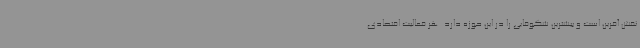
نقش آفرین است و بیشترین شکوفایی را در این حوزه دارد. هر فعالیت اقتصادی